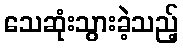
သေဆုံးသွားခဲ့သည့်